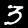
Label: 3